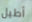
أطيل